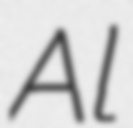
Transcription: Al